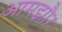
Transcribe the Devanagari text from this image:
आमझौर